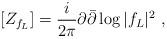
LaTeX: \begin{align*} [Z_{f_L}]=\frac {i}{2\pi}\partial\bar\partial\log |f_L|^2\ ,\end{align*}